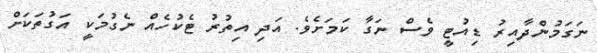
ނަގަމުންދާއިރު ޑިއުޓީ ވެސް ނަގާ ކަމަށެވެ. އަދި އިތުރު ޓެކުހެއް ނެގުމަކީ އަގުތަކަށް